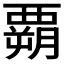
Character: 𲁌